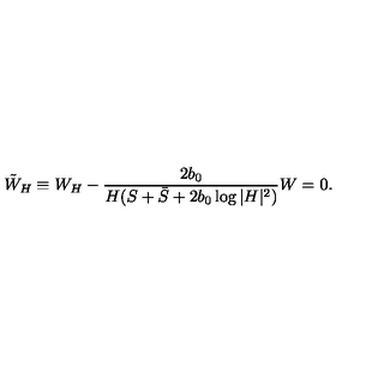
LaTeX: \tilde { W } _ { H } \equiv W _ { H } - \frac { 2 b _ { 0 } } { H ( S + \bar { S } + 2 b _ { 0 } \log | H | ^ { 2 } ) } W = 0 .